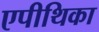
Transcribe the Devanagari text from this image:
एपीथिका